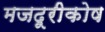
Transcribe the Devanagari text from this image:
मजदूरीकोष